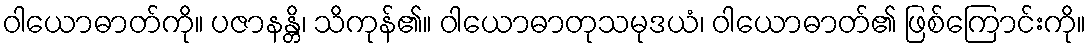
ဝါယောဓာတ်ကို။ ပဇာနန္တိ၊ သိကုန်၏။ ဝါယောဓာတုသမုဒယံ၊ ဝါယောဓာတ်၏ ဖြစ်ကြောင်းကို။